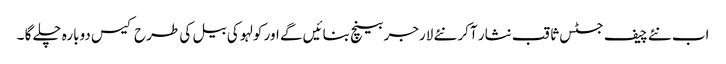
اب نئے چیف جسٹس ثاقب نثار آکر نئے لارجر بینچ بنائیں گے اور کولہو کی بیل کی طرح کیس دوبارہ چلے گا ۔